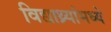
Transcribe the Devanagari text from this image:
विद्याथ्र्यांमध्ये